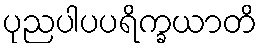
ပုညပါပပရိက္ခယာတိ